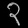
Digit: ၃